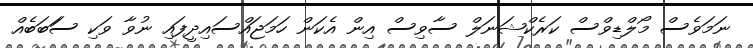
ނަމަވެސް މޯލްޑިވްސް ކަރެކްޝަނަލް ސާވިސް އިން އެކަން ހަމަޖައްސައިދީފައި ނުވާ ވަކި ސަަބަބެއް